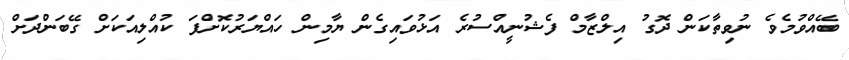
ބޭއްވުމެވެ ނުވިތާކަން ދޮގު އިލްޒާމް ފެޝުނީއްސުރެ އަޅުވައިގެން ޔާމިން ހައްޔަރުކޮށްފަ ކުއްލިއަކަށް ގޭބަންދަށް